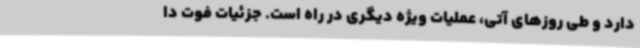
دارد و طی روزهای آتی، عملیات ویژه دیگری در راه است. جزئیات فوت دا